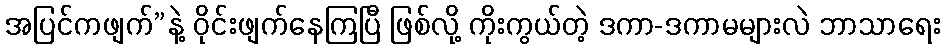
အပြင်ကဖျက်”နဲ့ ဝိုင်းဖျက်နေကြပြီ ဖြစ်လို့ ကိုးကွယ်တဲ့ ဒကာ-ဒကာမများလဲ ဘာသာရေး